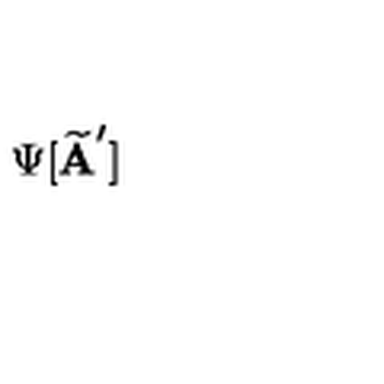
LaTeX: \Psi [ \widetilde { \bf A } ^ { \prime } ]